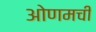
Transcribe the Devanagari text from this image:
ओणमची